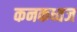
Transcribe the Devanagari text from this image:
कनकध्वज